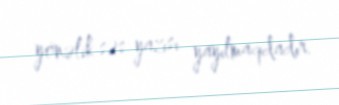
yönəlik səs yazısı yayılmaqdadır.